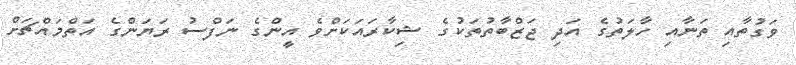
ވަގުތާއި ތަނާއި ހާލަތުގެ އަދި ޖަޒްބާތުތަކުގެ ޝިކާރައަކަށްވެ އީންގެ ނަފްސު ރަޔަންގެ އަތްމައްޗަށް